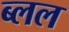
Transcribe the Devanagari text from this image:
ब्लल